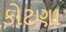
કોટણા